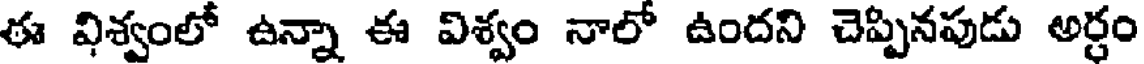
ఈ విశ్వంలో ఉన్నా ఈ విశ్వం నాలో ఉందని చెప్పినపుడు అర్ధం